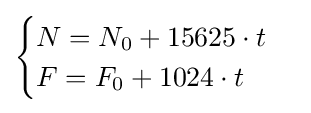
{\begin{cases}N=N_{0}+15625\cdot t\\F=F_{0}+1024\cdot t\end{cases}}